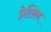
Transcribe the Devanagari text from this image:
घ्रेलिन